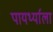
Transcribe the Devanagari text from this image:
पायर्थ्याला